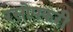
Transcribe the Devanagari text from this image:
रसोपकरी